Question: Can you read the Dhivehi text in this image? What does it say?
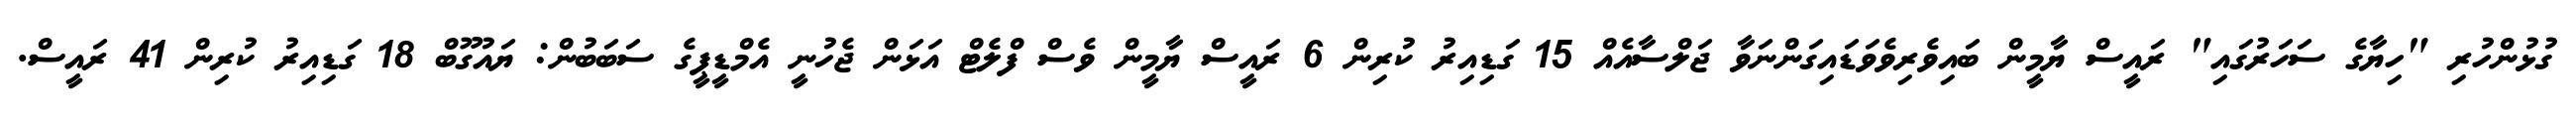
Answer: ގުޅުންހުރި "ހިޔާގެ ސަހަރުގައި" ރައީސް ޔާމީން ބައިވެރިވެވަޑައިގަންނަވާ ޖަލްސާއެއް 15 ގަޑިއިރު ކުރިން 6 ރައީސް ޔާމީން ވެސް ފްލެޓް އަޅަން ޖެހުނީ އެމްޑީޕީގެ ސަބަބުން: ޔައުގޫބް 18 ގަޑިއިރު ކުރިން 41 ރައީސް.